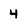
Character: 4